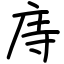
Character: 庤